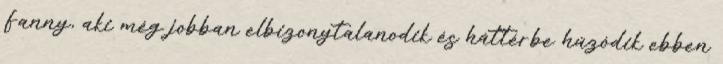
Fanny, aki még jobban elbizonytalanodik és háttérbe húzódik ebben